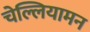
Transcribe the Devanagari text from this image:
चेल्लियामन